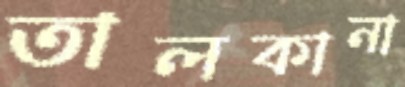
তালকানা